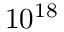
1 0 ^ { 1 8 }